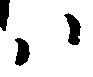
ハ